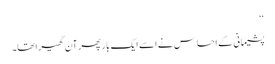
‘‘
پشیمانی کے احساس نے اسے ایک بار پھر آن گھیرا تھا۔